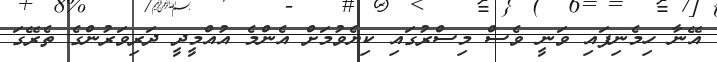
އޭނާ ހިމެނިފައި ވަނީ ވެސް މިސްރުގައި ކިޔެވުމަށް އެންމެ އުއްމީދީ ދަރިވަރުންގެ ތެރޭގަ